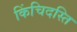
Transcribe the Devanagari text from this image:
किंचिदस्ति